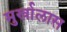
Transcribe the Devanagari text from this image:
मुर्खालास